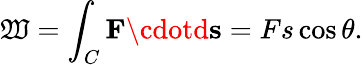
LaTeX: \mathfrak{W}=\int_{C}\mathbf{{F}}\cdotd\mathbf{{s}}=Fs\cos\theta.